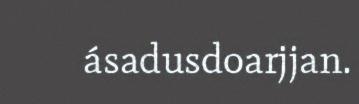
ásadusdoarjjan.